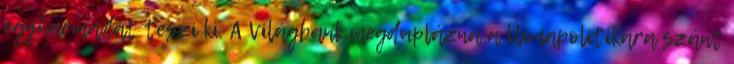
egyharmadát teszi ki. A Világbank megduplázná a klímapolitikára szánt